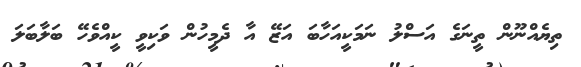
ތިޔެއްނޫން ތީނަގެ އަސްލު ނަމަކީއަހާބަ އަޒޭ އާ ދެމީހުން ވަކިވީ ކީއްވެހޭ ބަލާބަލަ